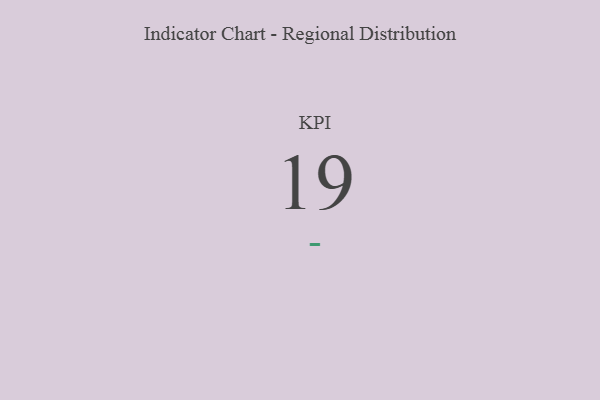
{"axis": {"x": "KPI", "y": "Value"}, "legend": [""], "data": [{"x": "KPI", "y": 19, "type": ""}]}